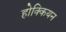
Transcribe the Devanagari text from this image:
होक्कियन